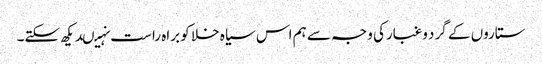
ستاروں کے گرد وغبارکی وجہ سے ہم اس سیاہ خلا کو براہ راست نہیںدیکھ سکتے۔